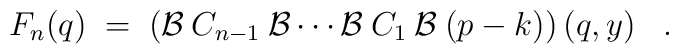
F_n(q) \;=\; \left( {\cal{B}}\:C_{n-1}\:{\cal{B}} \cdots {\cal{B}}\:C_1\:{\cal{B}}\:(p-k) \right)(q,y) \;\;\; .